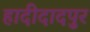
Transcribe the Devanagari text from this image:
हादीदादपुर